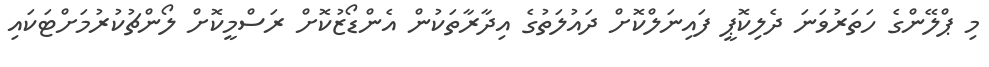
މި ޕްލޭންގެ ހަތަރުވަނަ ދެލިކޮޕީ ފައިނަލްކޮށް ދައުލަތުގެ އިދާރާތަކުން އެންޑޯޒުކޮށް ރަސްމީކޮށް ލޯންޗުކުރުމަށްޓަކައި